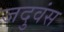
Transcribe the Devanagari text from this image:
जदुवंस